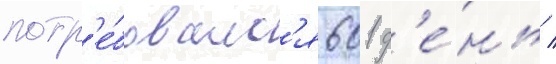
потр'е́бовалс'я 601 д'е́нь /